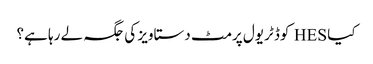
کیا HES کوڈ ٹریول پرمٹ دستاویز کی جگہ لے رہا ہے؟